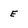
Character: E